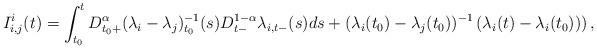
LaTeX: \begin{align*}I^{i}_{i,j}(t) =\int_{t_{0}}^{t}D_{t_{0}+}^{\alpha}(\lambda_{i}-\lambda_{j})_{t_{0}}^{-1}(s)D_{t-}^{1-\alpha}\lambda_{i,t-}(s)ds +(\lambda_{i}(t_{0})-\lambda_{j}(t_{0}))^{-1}\left( \lambda_{i}(t)-\lambda_{i}(t_{0}))\right) ,\end{align*}